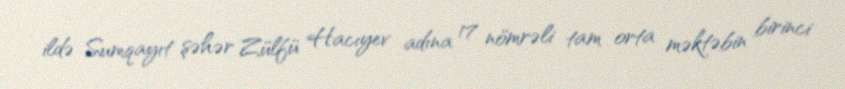
ildə Sumqayıt şəhər Zülfü Hacıyev adına 17 nömrəli tam orta məktəbin birinci